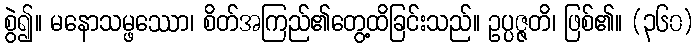
စွဲ၍။ မနောသမ္ဖဿော၊ စိတ်အကြည်၏တွေ့ထိခြင်းသည်။ ဥပ္ပဇ္ဇတိ၊ ဖြစ်၏။ (၃၆၀)